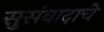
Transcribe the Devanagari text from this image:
सुसंवादाचे